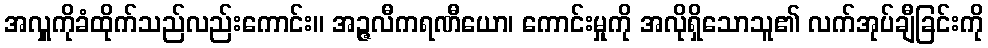
အလှူကိုခံထိုက်သည်လည်းကောင်း။ အဉ္ဇလီကရဏီယော၊ ကောင်းမှုကို အလိုရှိသောသူ၏ လက်အုပ်ချီခြင်းကို